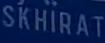
SKHIRAT